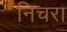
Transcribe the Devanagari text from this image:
निचरा